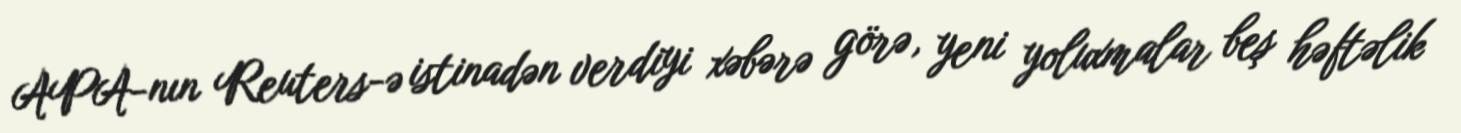
APA-nın Reuters-ə istinadən verdiyi xəbərə görə, yeni yoluxmalar beş həftəlik